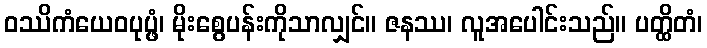
ဝဿိကံယေဝပုပ္ဖံ၊ မိုးစွေပန်းကိုသာလျှင်။ ဇနဿ၊ လူအပေါင်းသည်။ ပတ္ထိတံ၊